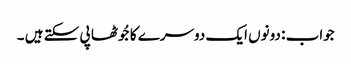
جواب : دونوں ایک دوسرے کا جُوٹھا پی سکتے ہیں ۔